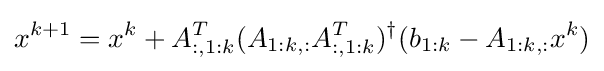
x^{k+1}=x^{k}+A_{:,1:k}^{T}(A_{1:k,:}A_{:,1:k}^{T})^{\dagger }(b_{1:k}-A_{1:k,:}x^{k})